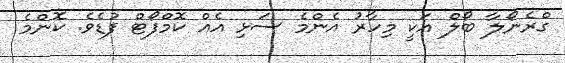
ގްރެނޯލާ ބޯލް އަކީ މިހާރު އެންމެ ސަޅި އެއް ކޮމްފޯޓް ފުޑެވެ. ކޮންމެ